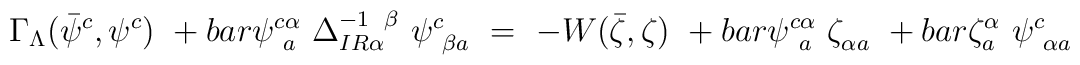
\Gamma_{\Lambda}(\bar{\psi}^{c}_{\phantom{j}},\psi^{c}_{\phantom{j}})\ +\\bar{\psi}^{c\alpha}_{\phantom{c}a}\ \Delta^{-1\phantom{\alpha}\beta}_{IR\alpha}\ \psi^{c}_{\phantom{c}\beta a}\ =\ -W(\bar{\zeta},\zeta)\ +\\bar{\psi}^{c\alpha}_{\phantom{c}a}\ \zeta^{\phantom{\rho}}_{\alpha a}\ +\\bar{\zeta}^{\alpha}_{a}\ \psi^{c}_{\phantom{c}\alpha a}